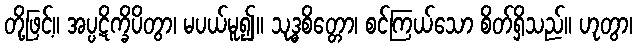
တို့ဖြင့်။ အပ္ပဋိက္ခိပိတွာ၊ မပယ်မူ၍။ သုဒ္ဓစိတ္တော၊ စင်ကြယ်သော စိတ်ရှိသည်။ ဟုတွာ၊